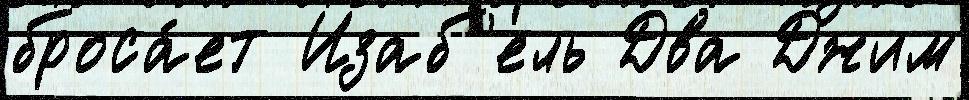
броса́ет Изаб'ель Два Джим